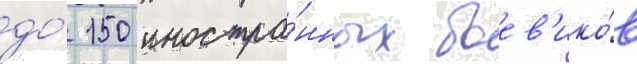
до́ 150 иностра́нных боев'ико́в